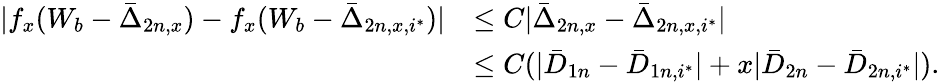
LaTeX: \begin{array}{rl}{|f_{x}(W_{b}-\bar{\Delta}_{2n,x})-f_{x}(W_{b}-\bar{\Delta}_{2n,x,i^{*}})|}&{\leq C|\bar{\Delta}_{2n,x}-\bar{\Delta}_{2n,x,i^{*}}|}\\ &{\leq C(|\bar{D}_{1n}-\bar{D}_{1n,i^{*}}|+x|\bar{D}_{2n}-\bar{D}_{2n,i^{*}}|).}\end{array}